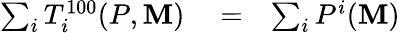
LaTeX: \begin{array}{rlr}{\sum_{i}T_{i}^{100}(P,\mathbf{M})}&{{}=}&{\sum_{i}P^{i}(\mathbf{M})}\end{array}